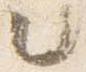
々